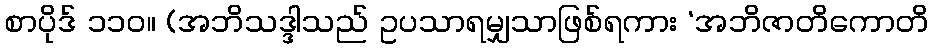
စာပိုဒ် ၁၁၀။ (အဘိသဒ္ဒါသည် ဥပသာရမျှသာဖြစ်ရကား ‘အဘိဇာတိကောတိ